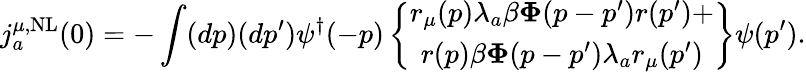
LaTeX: j_{a}^{\mu,\mathrm{NL}}(0)=-\int(dp)(dp^{\prime})\psi^{\dagger}(-p)\left\{ \begin{array}{c}{{r_{\mu}(p){\mathbf\lambda}_{a}\beta{\mathbf\Phi}(p-p^{\prime})r(p^{\prime})+}}\\ {{r(p)\beta{\mathbf\Phi}(p-p^{\prime}){\mathbf\lambda}_{a}r_{\mu}(p^{\prime})}}\end{array}\right\} \psi(p^{\prime}).